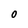
Character: 0